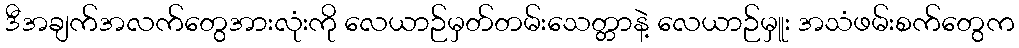
ဒီအချက်အလက်တွေအားလုံးကို လေယာဉ်မှတ်တမ်းသေတ္တာနဲ့ လေယာဉ်မှူး အသံဖမ်းစက်တွေက